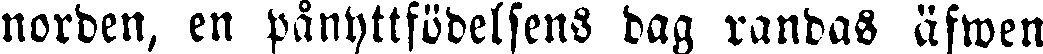
norden, en pånyttfödelsens dag randas äfwen